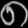
Digit: ၈